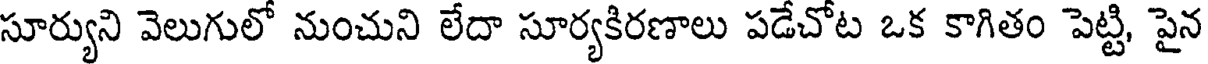
సూర్యుని వెలుగులో నుంచుని లేదా సూర్యకిరణాలు పడేచోట ఒక కాగితం పెట్టి, పైన